Scottish Leaving Certificate Examination, 1957
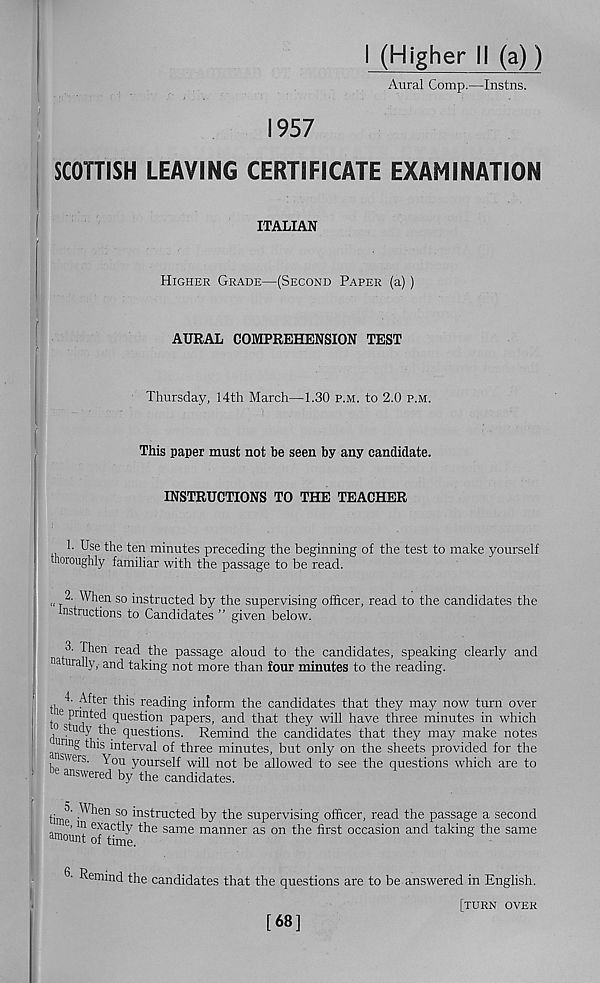
1957
I (Higher II (a))
Aural Comp.—Instns.
SCOTTISH LEAVING CERTIFICATE EXAMINATION
i
ITALIAN
Higher Grade—(Second Paper (a))
AURAL COMPREHENSION TEST
Thursday, 14th March—1.30 p.m. to 2.0 p.m.
This paper must not be seen by any candidate.
INSTRUCTIONS TO THE TEACHER
1. Use the ten minutes preceding the beginning of the test to make yourself
thoroughly familiar with the passage to be read.
„ T When so instructed by the supervising officer, read to the candidates the
instructions to Candidates ” given below.
3. Then read the passage aloud to the candidates, speaking clearly and
na urall y> and taking not more than four minutes to the reading.
4. After this reading inform the candidates that they may now turn over
e printed question papers, and that they will have three minutes in which
d s uc v .the questions. Remind the candidates that they may make notes
nn § ™s interval of three minutes, but only on the sheets provided for the
stters. \ou yourself will not be allowed to see the questions which are to
1
66 ans wered by the candidates.
time •^l en 50 instructed by the supervising officer, read the passage a second
exactl y the same manner as on the first occasion and taking the same
amount of time.
-
6- Remind the candidates that the questions are to be answered in English.
[turn over
[68]